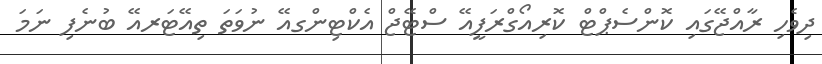
ދިވެހި ރާއްޖޭގައި ކޮންސެޕްޓް ކޮރިއޯގްރަފީއޭ ސްޓޭޖް އެކްޓިންގއޭ ނުވަތަ ތިއޭޓަރއޭ ބުނެފި ނަމަ